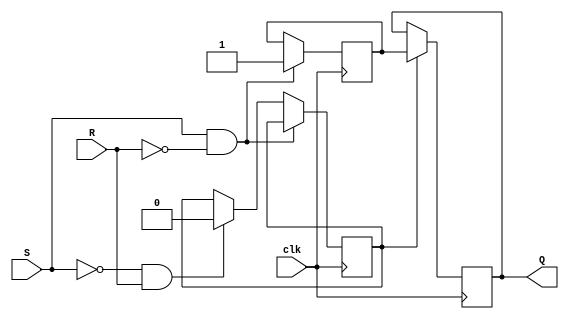
module sr_flip_flop (
    input wire clk,
    input wire S,
    input wire R,
    output reg Q
);

reg master_latch;
reg slave_latch;

always @(posedge clk) begin
    if (S == 1'b1 && R == 1'b0) begin
        master_latch <= 1'b1;
    end else if (S == 1'b0 && R == 1'b1) begin
        master_lacth <= 1'b0;
    end
end

always @(negedge clk) begin
    if (master_lacth == 1'b1) begin
        slave_latch <= master_latch;
    end
end

assign Q = slave_latch;

endmodule